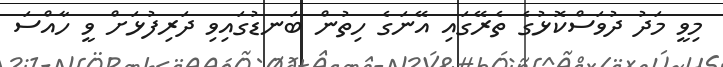
މިވީ މަދު ދުވަސްކޮޅުގެ ތެރޭގައި އޭނަގެ ހިތުން ބަނޑުގައިވި ދަރިފުޅަށް ވީ ހާއްސަ